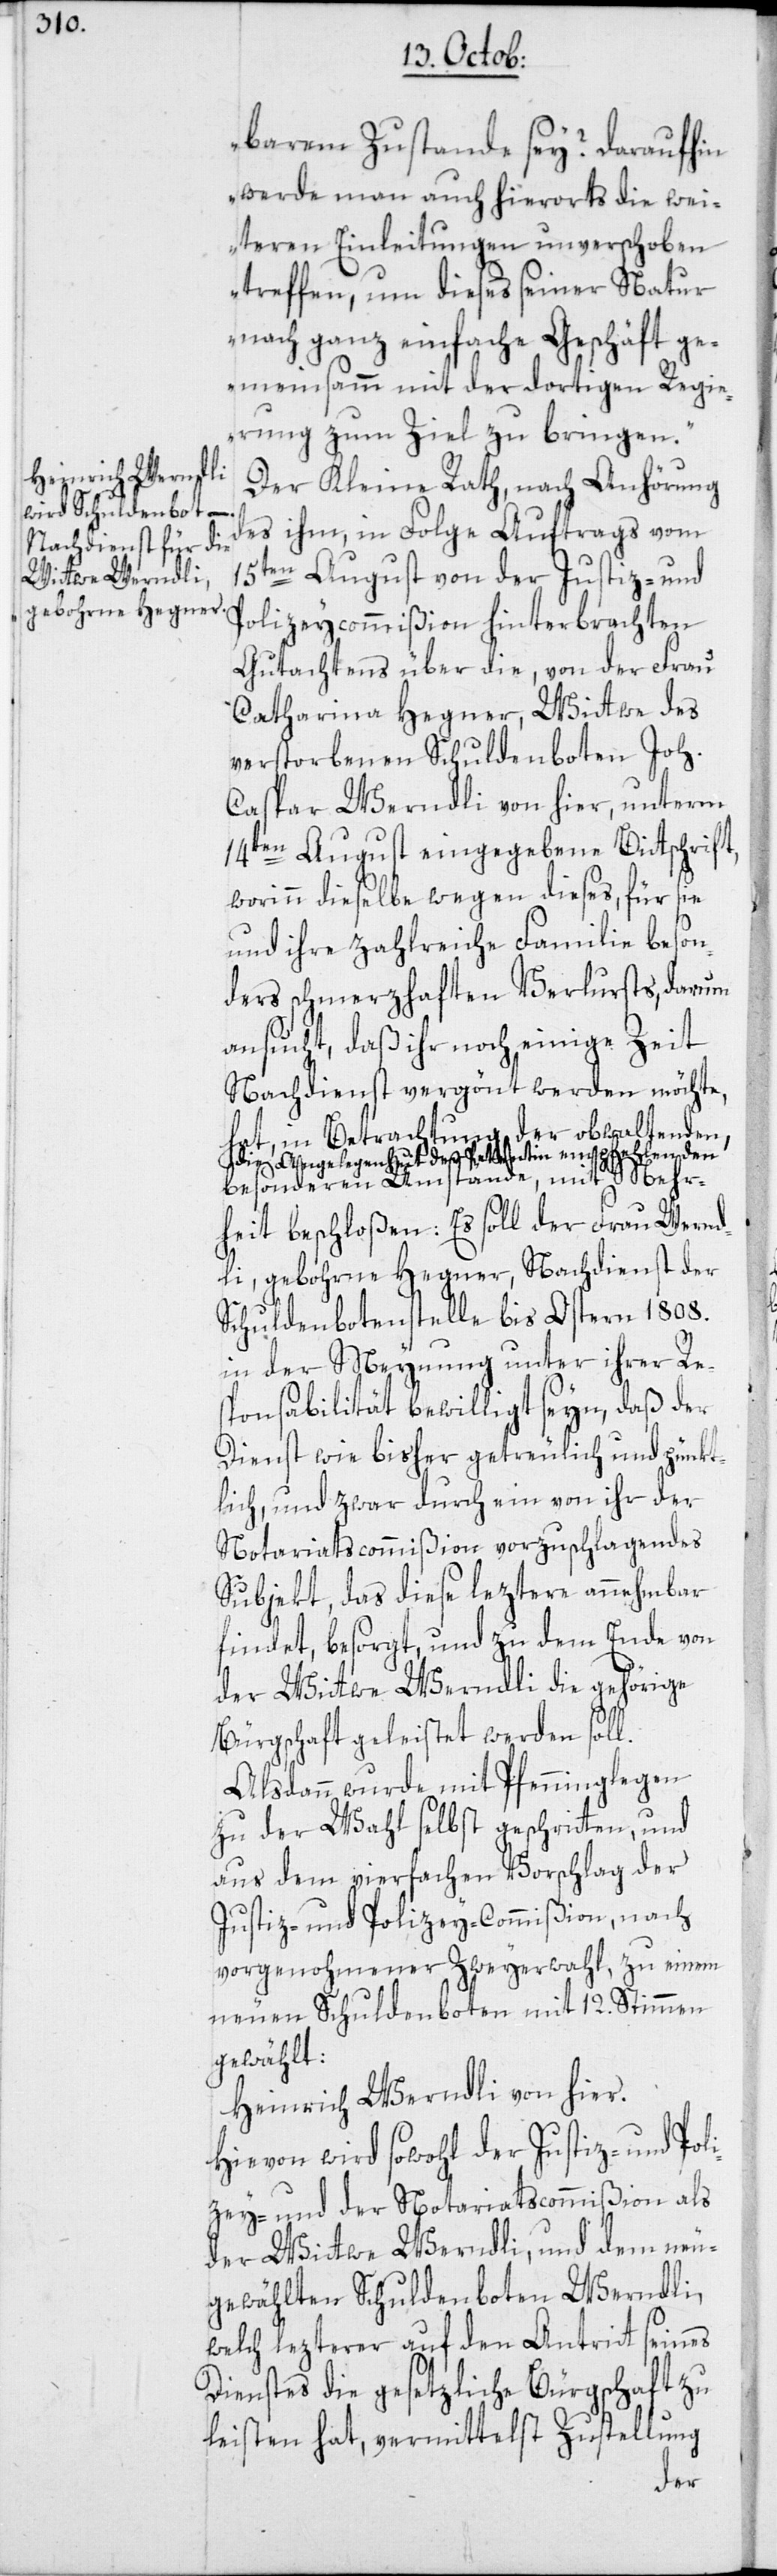
barem Zustande sey? Daraufhin
werde man auch hierorts die wei¬
teren Einleitungen unverschoben
treffen, um dieses seiner Natur
nach ganz einfache Geschäft ge¬
meinsamm mit der dortigen Regie¬
rung zum Ziel zu bringen.“
Der Kleine Rath, nach Anhörung
des ihm, in Folge Auftrags vom
15ten August von der Justiz- und
Polizeycommißion hinterbrachten
Gutachtens über die, von der Frau
Catharina Hegner, Wittwe des
verstorbenen Schuldenboten Joh.
Caspar Werndli von hier, unterm
14ten August eingegebene Bittschrift,
worinn dieselbe wegen dieses, für sie
und ihre zahlreiche Familie beson¬
ders schmerzhaften Verlursts, darum
ansucht, daß ihr noch einige Zeit
Nachdienst vergönnt werden möchte,
hat, in Betrachtung der obwaltenden,
die Angelegenheit der Petentin empfehlenden
besonderen Umstände, mit Mehr¬
heit beschloßen: Es soll der Frau Wernd¬
li, gebohrne Hegner, Nachdienst der
Schuldenbotenstelle bis Ostern 1808.
in der Meynung unter ihrer Re¬
sponsabilität bewilligt seyn, daß der
Dienst wie bisher getreulich und pünkt¬
lich, und zwar durch ein von ihr der
Notariatscommißion vorzuschlagendes
Subjekt, das diese leztere annehmbar
findet, besorgt, und zu dem Ende von
der Wittwe Werndli die gehörige
Alsdann wurde mit Pfenninglegen
zu der Wahl selbst geschritten, und
aus dem vierfachen Vorschlag der
Justiz- und Polizey-Commißion, nach
vorgenohmener Zweyerwahl, zu einem
neuen Schuldenboten mit 12. Stimmen
gewählt:
Heinrich Werndli von hier.
Hievon wird sowohl der Justiz- und Poli¬
zey- und der Notariatscommißion als
der Wittwe Werndli, und dem neu¬
gewählten Schuldenboten Werndli,
welch lezterer auf den Antritt seines
Dienstes die gesetzliche Bürgschaft zu
leisten hat, vermittelst Zustellung